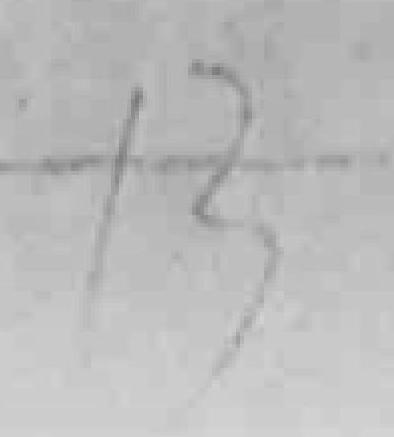
13